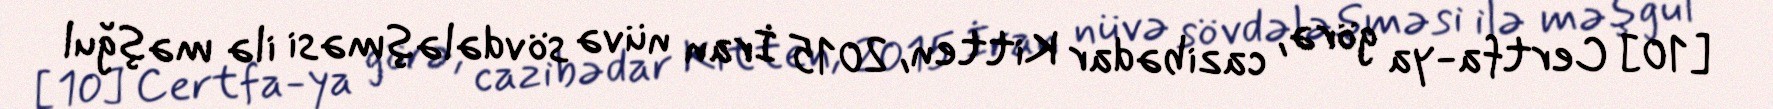
[10] Certfa-ya görə, cazibədar Kitten, 2015 İran nüvə sövdələşməsi ilə məşğul